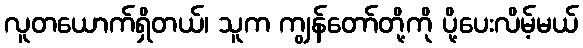
လူတယောက်ရှိတယ်၊ သူက ကျွန်တော်တို့ကို ပို့ပေးလိမ့်မယ်